Vaccination in the Punjab 1883-1896 - 1883-1896
Year: 1883
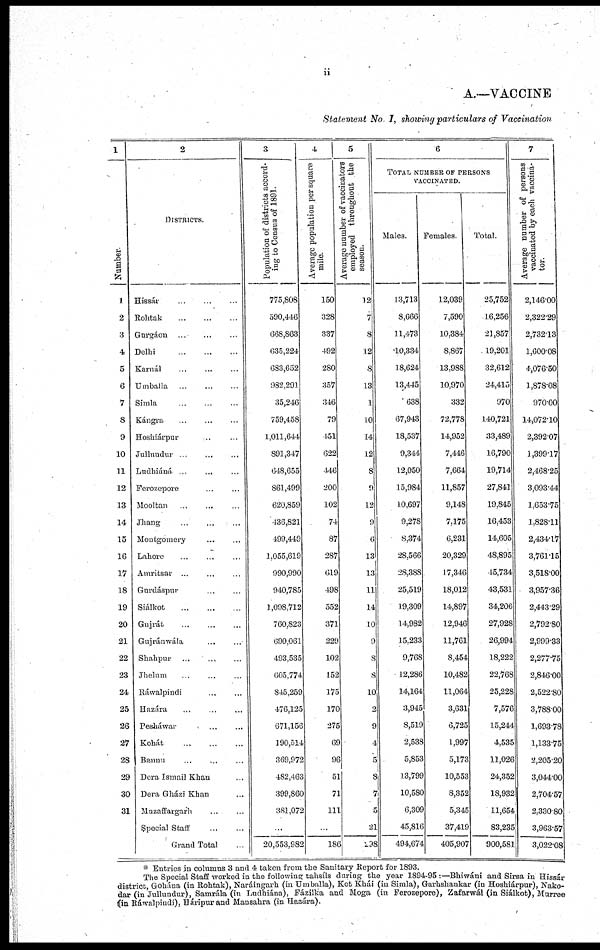
ii
A.—VACCINE
Statement No. I, showing particulars of Vaccination
1
Number.
1
2
3
4
5
6
7
8
9
10
11
12
13
14
15
16
17
18
19
20
21
22
23
24
25
26
27
28
29
30
31
2
DISTRICTS
Hissái
...
...
...
Rohtak ... ... ...
Gurgáon ... ... ...
Delhi
...
...
...
Karnál ... ... ...
Umballa ... ... ...
Simla ... ... ...
Kángra ... ... ...
Hoshiárpur ... ...
Jullundur ... ... ...
Ludhiáná. ... ... ...
Ferozepore ... ... ...
Mooltan ... ... ...
Jhang ... ... ...
Montgomery ... ...
Lahore ... ... ...
Amritsar ... ... ...
Gurdáspur ... ... ...
Siálkot
...
...
...
Gujrát ... ... ...
Gujránwála ... ...
Shahpur ... ... ...
Jhelnm ... ... ...
Ráwalpindi ... ...
Hazára ... ... ...
Pesháwar ... ... ...
Kohát
...
...
...
Bannu ... ... ...
Dera Ismail Khan ...
Dera Gházi Khan ...
Muzaffargarh ... ...
Special Staff ... ...
Grand Total
...
3
Population of districts accord-
ing to Census of 1891.
775,808
590,446
668,863
635,224
683,652
982,291
35,246
759,458
1,011,644
891,347
648,655
861,499
620,859
436,821
499,449
1,055,619
990,990
940,785
1,098,712
760,823
690,061
493,535
605,774
845,259
476,125
671,156
190,514
369,972
482,468
399,860
381,072
..
20,553,982
4
Average population per square
mile.
150
328
337
492
280
357
346
79
151
622
446
200
102
74
87
287
619
498
552
371
229
102
152
175
170
275
69
96
51
71
111
...
186
5
Average number of vaccinators
employed throughout the
season.
12
7
8
12
8
13
1
10
14
12
8
9
12
9
6
13
13
11
14
10
9
8
8
10
2
9
4
5
8
7
5
21
298
6
TOTAL NUMBER OF PERSONS
VACCINATED.
Males.
13,713
8,666
11,473
10,334
18,624
13,445
638
67,943
18,537
9,344
12,050
15,984
10,697
9,278
8,374
28,566
28,388
25,519
19,309
14,982
15,233
9,768
12,286
14,164
3,945
8,519
2,533
5,853
13,799
10,580
6,309
45,816
494,674
Females.
12,039
7,590
10,384
8,867
13,988
10,970
332
72,778
14,952
7,446
7,664
11,857
9,148
7,175
6,231
20,329
17,346
18,012
14,897
12,946
11,761
8,454
10,482
11,064
3,631
6,725
1,997
5,173
10,553
8,352
5,345
37,419
405,907
Total
25,752
16,256
21,857
19,201
32,612
24,415
970
140,721
33,489
16,790
19,714
27,841
19,845
16,453
14,605
48,895
15,734
43,531
34,206
27,928
26,994
18,222
22,768
25,228
7,576
15,244
4,535
11,026
24,352
18,932
11,654
83,235
900,581
7
Average number of persons
vaccinated by each vaccina-
tor.
2,146.00
2,322.29
2,732.13
1,600.08
4,076.50
1,878.08
970.00
14,072.10
2,392.07
1,399.17
2,468.25
3,093.44
1,653.75
1,828.11
2,434.17
3,761.15
3,518.00
3,957.36
2,443.29
2,792.80
2,999.33
2,277.75
2,846.00
2,522.80
3,788.00
1,693.78
1,133.75
2,205.20
3,044.00
2,704.57
2,330.80
3,963.57
3,022.08
* Entries in columns 3 and 4 taken from the Sanitary Report for 1893.
The Special Staff worked in the following tahsíls during the year 1894-95 :—Bhiwáni and Sirsa in Hissár
district, Gohána (in Rohtak), Naráingarh (in Umballa), Kot Khái (in Simla), Garhshankar (in Hoshiárpur), Nako¬
dar (in Jullundur), Samrála (in Ludhiána), Fázilka and Moga (in Ferozepore), Zafarwál (in Siálkot), Murree
(in Ráwalpindi), Háripur and Mansahra (in Hazára).